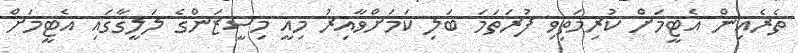
ތެރެއިން އެޓީމަށް ކުރިމަތިވި ފުރަތަމަ ބަލި ކަމަށްވާއިރު މިއީ މިސީޒަންގެ ލަލީގާގައި އެޓީމަށް